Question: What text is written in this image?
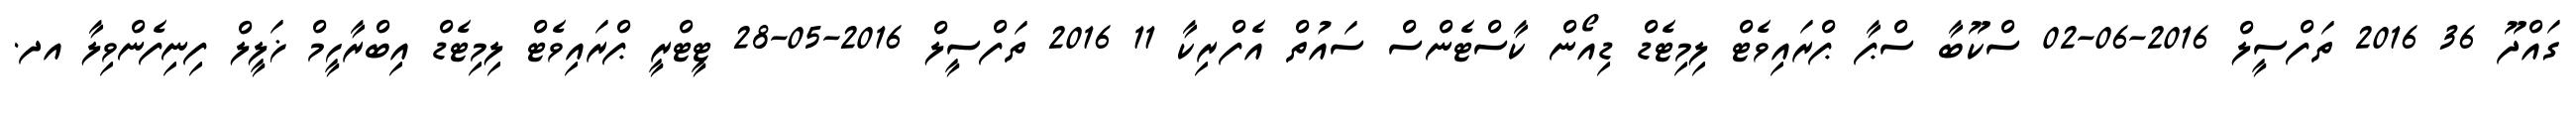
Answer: ގައްދޫ 36 2016 ތަފްސީލް 2016-06-02 ސްކޫބާ ސްޕާ ޕްރައިވެޓް ލިމިޓެޑް ޑިއޯން ކާސްޓެންސް ސައުތް އެފްރިކާ 11 2016 ތަފްސީލް 2016-05-28 ޓީޓްރީ ޕްރައިވެޓް ލިމިޓެޑް އިބްރާހީމް ޚަލީލް ފިނިފެންވިލާ އދ.